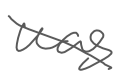
Text: was
Cross-out: diagonal
Writing tool: digital_gray